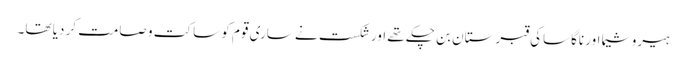
ہیروشیما اور ناگاساکی قبرستان بن چکے تھے اور شکست نے ساری قوم کو ساکت و صامت کر دیا تھا۔